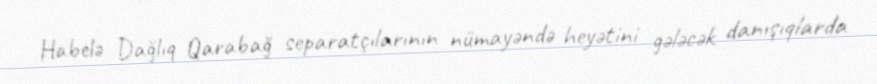
Habelə Dağlıq Qarabağ separatçılarının nümayəndə heyətini gələcək danışıqlarda